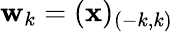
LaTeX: \mathbf{w}_{k}=(\mathbf{x})_{(-k,k)}